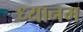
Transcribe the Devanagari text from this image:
ध्यानम